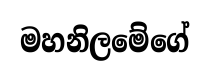
මහනිලමේගේ